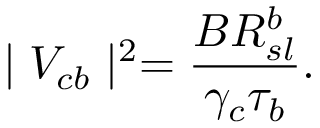
\mid V _ { c b } \mid ^ { 2 } = \frac { B R _ { s l } ^ { b } } { \gamma _ { c } \tau _ { b } } .